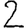
Digit: 2